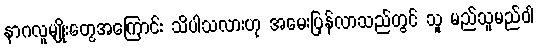
နာဂလူမျိုးတွေအကြောင်း သိပါသလားဟု အမေးပြန်လာသည်တွင် သူ မည်သူမည်ဝါ